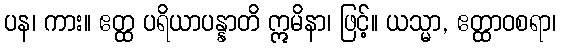
ပန၊ ကား။ ဧတ္ထ ပရိယာပန္နာတိ ဣမိနာ၊ ဖြင့်။ ယသ္မာ, ဧတ္ထာဝစရာ၊